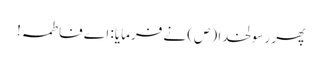
پھر رسولخدا (ص) نے فرمایا: اے فاطمہ!